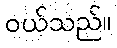
ဝယ်သည်။